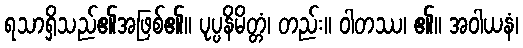
ရသာရှိသည်၏အဖြစ်၏။ ပုပ္ပနိမိတ္တံ၊ တည်း။ ဝါတဿ၊ ၏။ အဝါယနံ၊